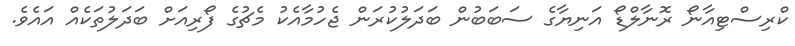
ކްރިސްޓިއާނޯ ރޮނާލްޑޯ އަނިޔާގެ ސަބަބުން ބަދަލުކުރަން ޖެހުމާއެކު މެޗުގެ ފޯރިއަށް ބަދަލުތަކެއް އައެވެ.